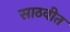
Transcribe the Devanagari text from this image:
साठवीत